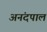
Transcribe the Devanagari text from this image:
अनंदपाल